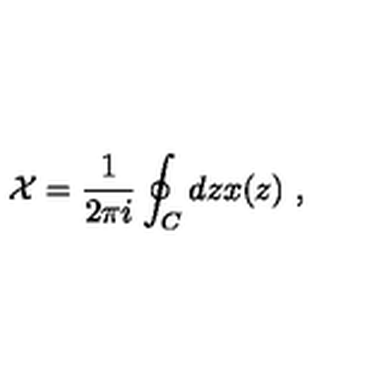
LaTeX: \mathcal { X } = \frac { 1 } { 2 \pi i } \oint _ { C } d z x ( z ) \ ,